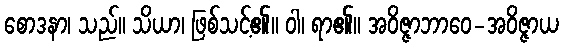
စောဒနာ၊ သည်။ သိယာ၊ ဖြစ်သင့်၏။ ဝါ၊ ရာ၏။ အဝိဇ္ဇာဘာဝေ-အဝိဇ္ဇာယ